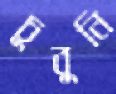
চুবুনি